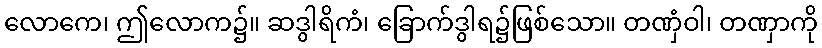
လောကေ၊ ဤလောက၌။ ဆဒွါရိကံ၊ ခြောက်ဒွါရ၌ဖြစ်သော။ တဏှံဝါ၊ တဏှာကို